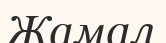
Жамал